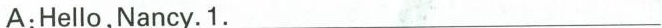
A:Hello,Nancy.1.___